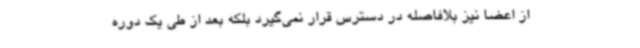
از اعضا نیز بلافاصله در دسترس قرار نمی‌گیرد بلکه بعد از طی یک دوره